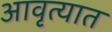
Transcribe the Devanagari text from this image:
आवृत्यात